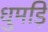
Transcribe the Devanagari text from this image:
धुमड़ि